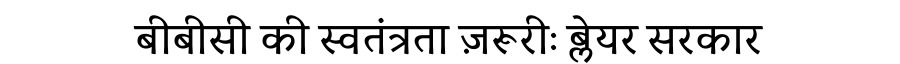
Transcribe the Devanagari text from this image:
बीबीसी की स्वतंत्रता ज़रूरीः ब्लेयर सरकार